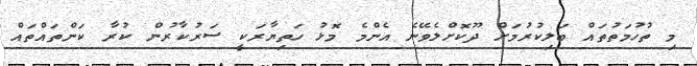
މި ތުހުމަތުތައް ބަލިކުރުމަށް ދޫކޮށްލެވޭނެ އެންމެ މޮޅު ހަތިޔާރަކީ ސަރުކާރުން ކުރާ ކަންތައްތައް